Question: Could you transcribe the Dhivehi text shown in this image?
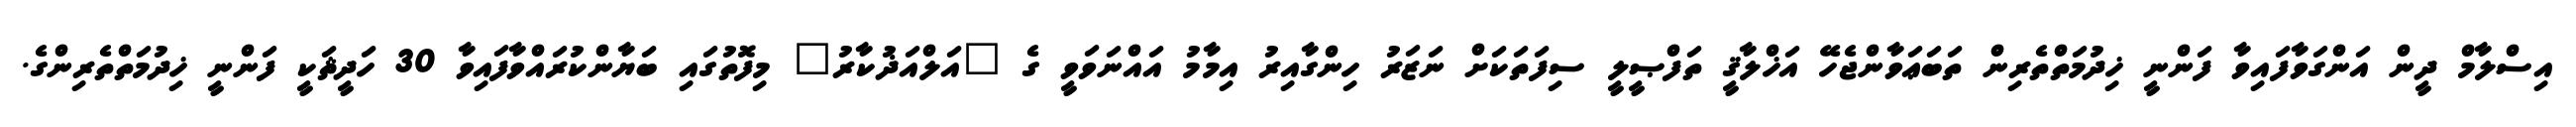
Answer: އިސްލާމް ދީން އަންގަވާފައިވާ ފަންނީ ޚިދުމަތްތެރިން ތަބަޢަވާންޖެހޭ އަޚްލާޤީ ތަފްޞީލީ ސިފަތަކަށް ނަޒަރު ހިންގާއިރު އިމާމު އައްނަވަވީ ގެ "އަލްއަޛުކާރު" މިފޮތުގައި ބަޔާންކުރައްވާފައިވާ 30 ހަދީޘަކީ ފަންނީ ޚިދުމަތްތެރިންގެ.